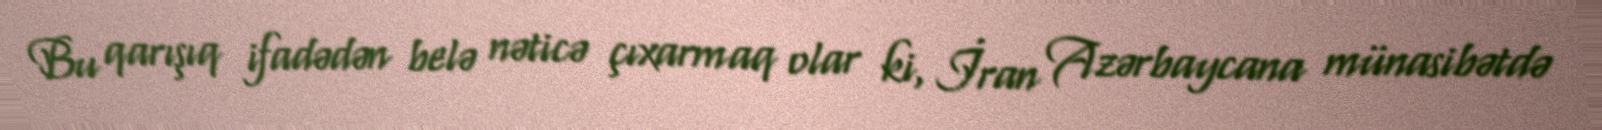
Bu qarışıq ifadədən belə nəticə çıxarmaq olar ki, İran Azərbaycana münasibətdə